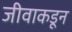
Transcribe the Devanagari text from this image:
जीवाकडून